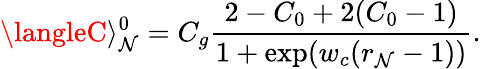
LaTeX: \langleC\rangle_{\mathcal{N}}^{0}=C_{g}\frac{{2-C_{0}+2(C_{0}-1)}}{{1+\exp(w_{c}(r_{\mathcal{N}}-1))}}.